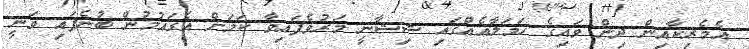
އެމެރިކާއިން ދިން ވައިގެ ހަމަލާއެއްގައި ޝިޝާނީ މަރުވެފައިވާ ކަމަށް އެގައުމުން ބުނެފައި ވަނީ